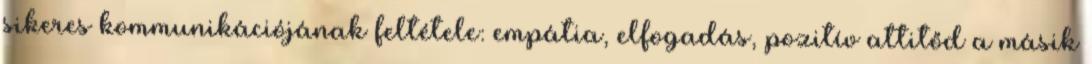
sikeres kommunikációjának feltétele: empátia, elfogadás, pozitív attitőd a másik